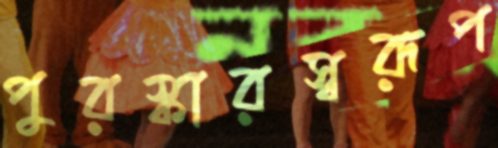
পুরস্কারস্বরূপ